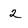
Character: 2